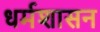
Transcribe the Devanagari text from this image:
धर्मशासन